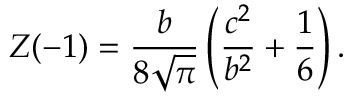
Z ( - 1 ) = \frac { b } { 8 \sqrt { \pi } } \left( \frac { c ^ { 2 } } { b ^ { 2 } } + \frac { 1 } { 6 } \right) .